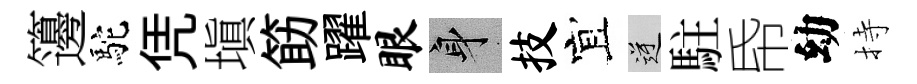
籩駝凭塡筯躍眼身技宜逆駐帋幼持